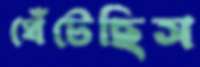
ঘেঁটেছিস